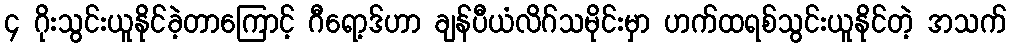
၄ ဂိုးသွင်းယူနိုင်ခဲ့တာကြောင့် ဂီရော့ဒ်ဟာ ချန်ပီယံလိဂ်သမိုင်းမှာ ဟက်ထရစ်သွင်းယူနိုင်တဲ့ အသက်